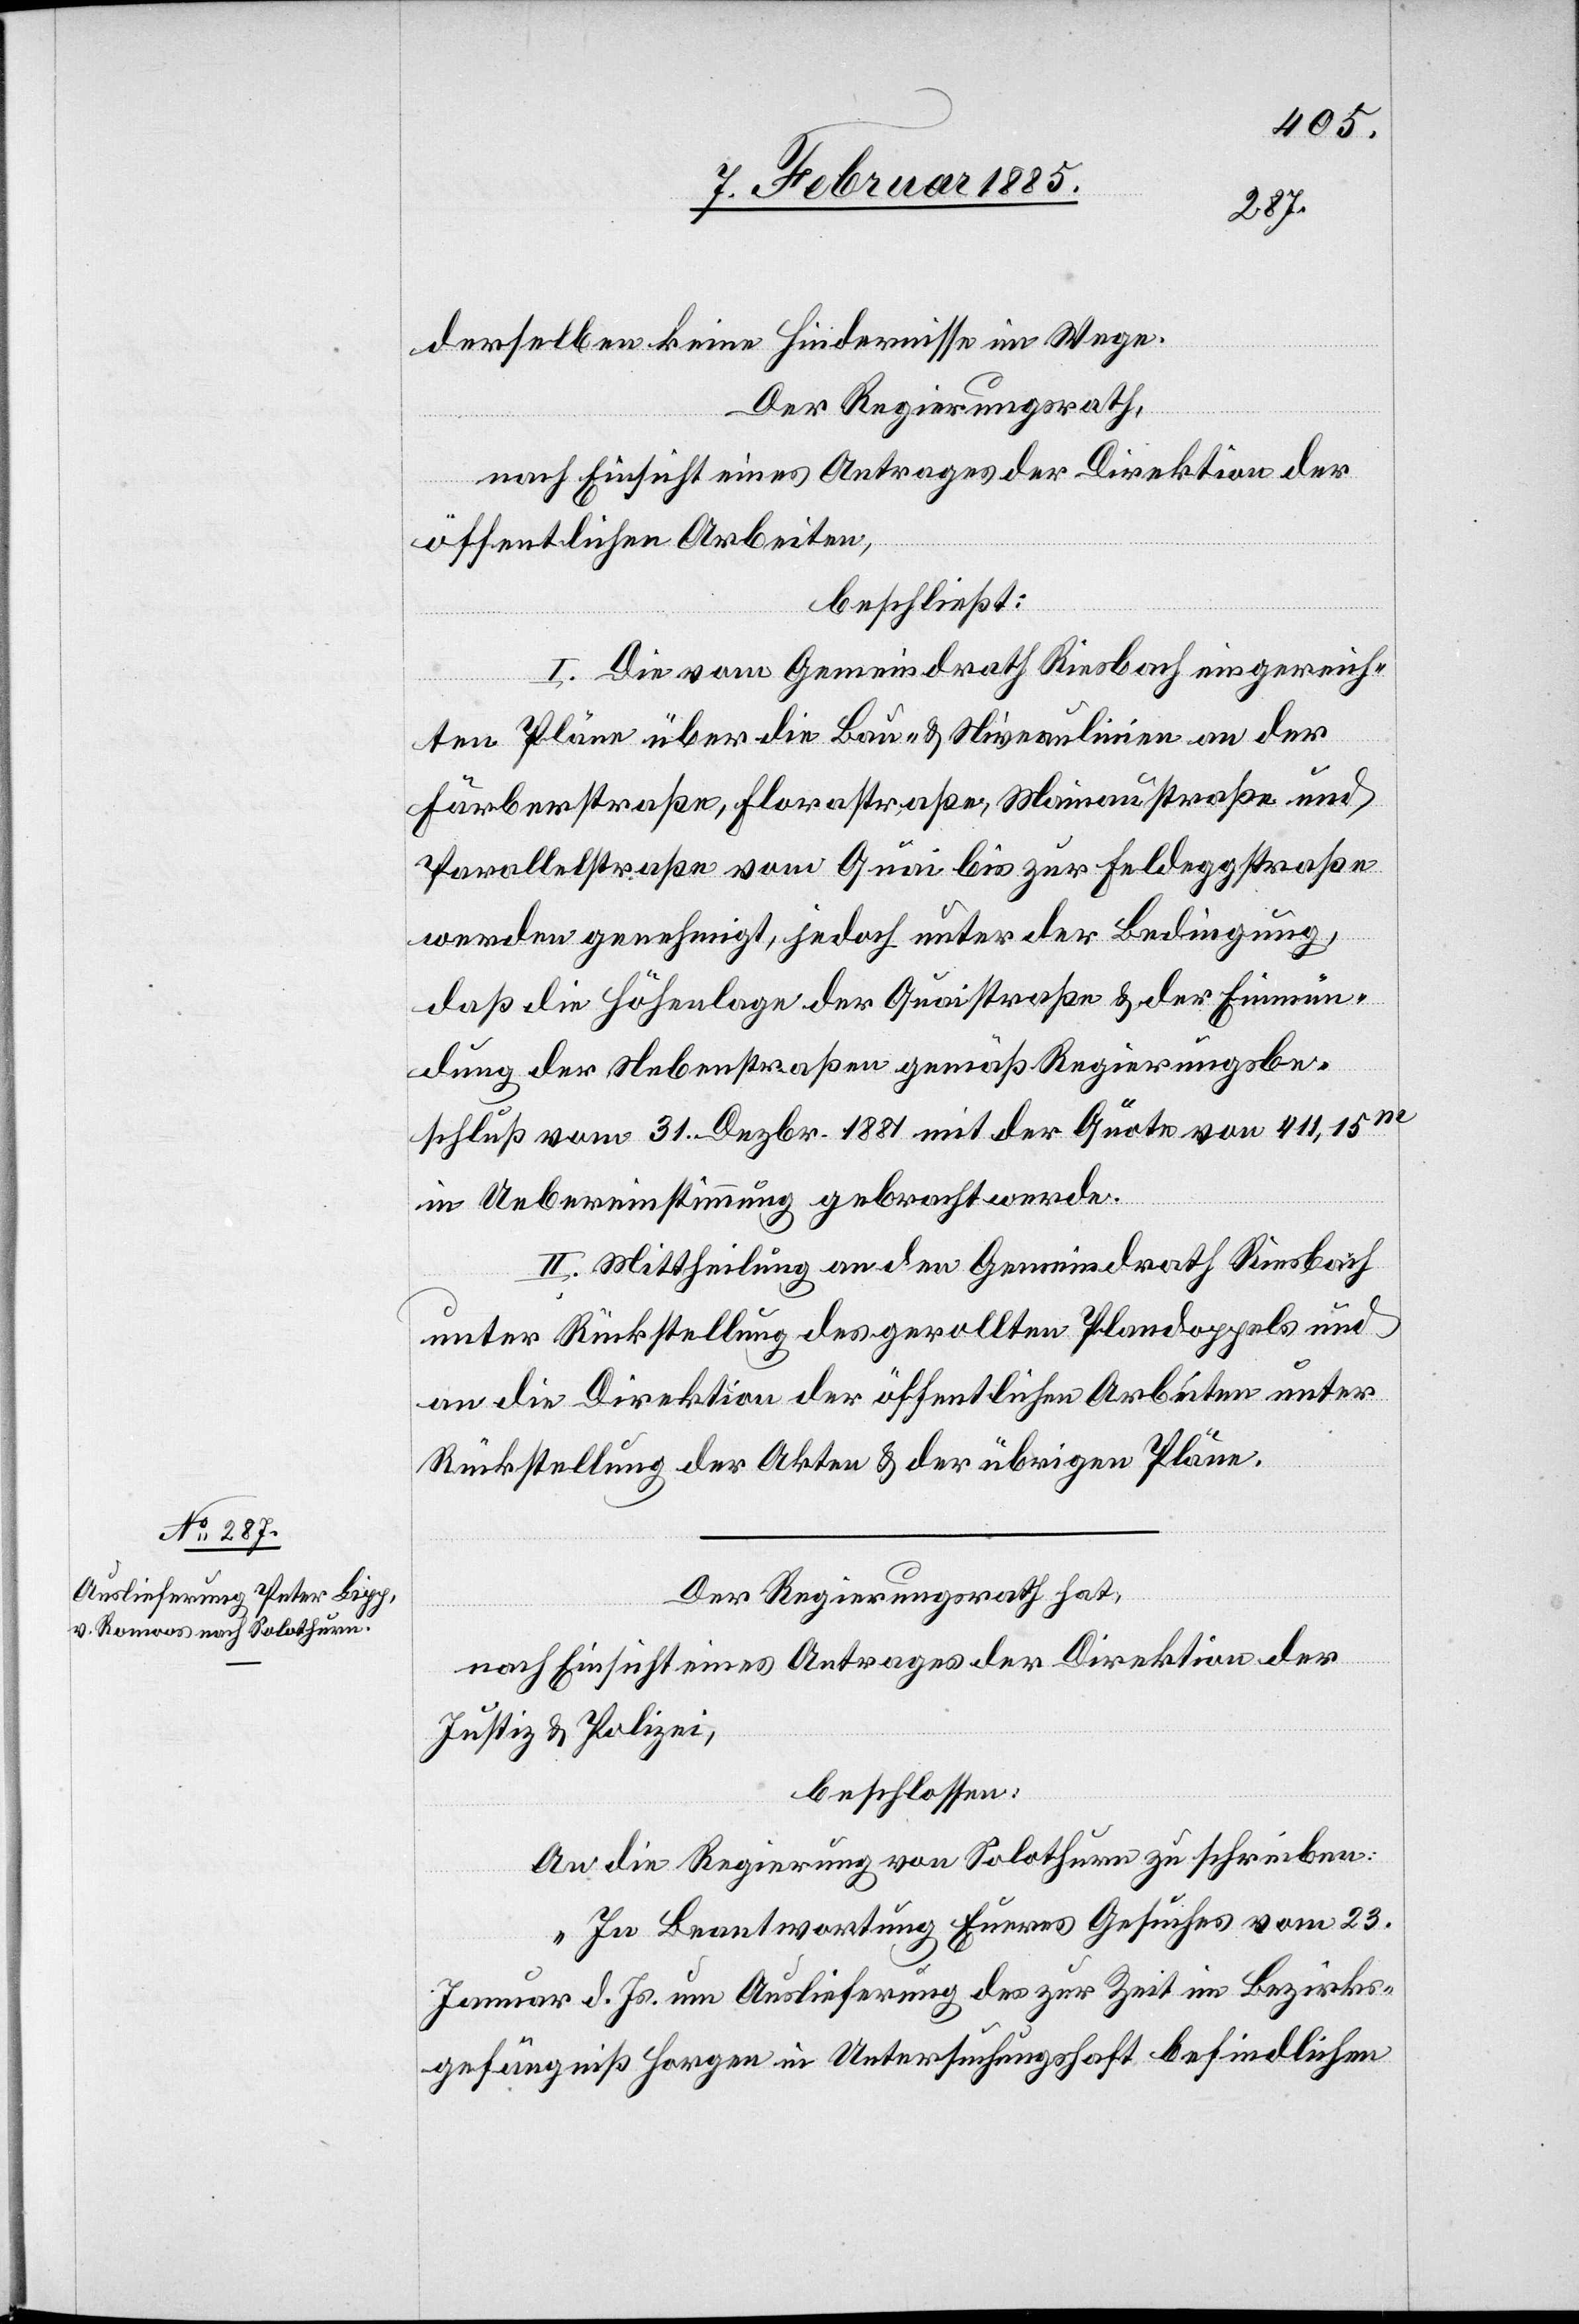
derselben keine Hindernisse im Wege.
Der Regierungsrath,
nach Einsicht eines Antrages der Direktion der
öffentlichen Arbeiten,
beschließt:
I. Die vom Gemeindrath Riesbach eingereich¬
ten Pläne über die Bau- & Niveaulinien an der
Färberstraße, Florastraße, Mainaustraße und
Parallelstraße vom Quai bis zur Feldeggstraße
werden genehmigt, jedoch unter der Bedingung
daß die Höhenlage der Quaistraße & der Einmün¬
dung der Nebenstraßen gemäß Regierungsbe¬
schluß vom 31. Dezbr. 1881 mit der Quote von 411,15
m
in Uebereinstimmung gebracht werde.
II. Mittheilung an den Gemeindrath Riesbach
unter Rückstellung des gerollten Plandoppels und
an die Direktion der öffentlichen Arbeiten unter
Rückstellung der Akten & der übrigen Pläne.
Der Regierungsrath hat,
nach Einsicht eines Antrages der Direktion der
Justiz & Polizei,
beschlossen:
An die Regierung von Solothurn zu schreiben
„In Beantwortung Eueres Gesuches vom 23.
Januar d. Js. um Auslieferung des zur Zeit im Bezirks¬
gefängniß Horgen in Untersuchungshaft befindlichen